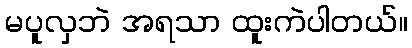
မပူလှဘဲ အရသာ ထူးကဲပါတယ်။